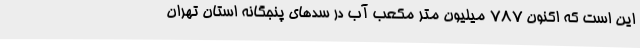
این است که اکنون ۷۸۷ میلیون متر مکعب آب در سدهای پنجگانه استان تهران